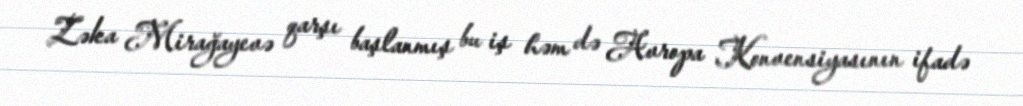
Zəka Mirağayevə qarşı başlanmış bu iş həm də Avropa Konvensiyasının ifadə